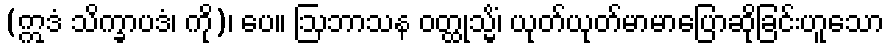
(ဣဒံ သိက္ခာပဒံ၊ ကို)၊ ပေ။ ဩဘာသန ဝတ္ထုသ္မိံ၊ ယုတ်ယုတ်မာမာပြောဆိုခြင်းဟူသော